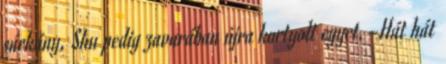
sárkány, Shu pedig zavarában újra kortyolt egyet. -Hát hát